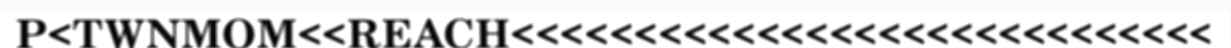
P<TWNMOM<<REACH<<<<<<<<<<<<<<<<<<<<<<<<<<<<<